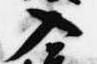
入